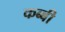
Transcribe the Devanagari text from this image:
कब्बी